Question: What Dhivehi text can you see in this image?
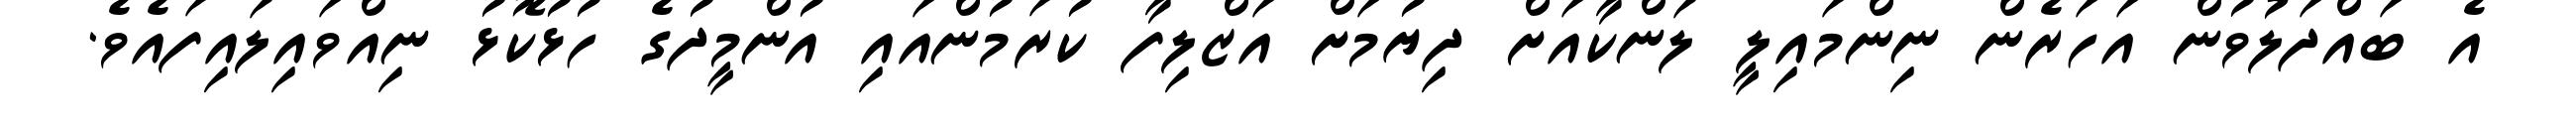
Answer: އެ ބައްދަލުވުން އަހަރެން ނިންމައިލީ ލަންކާއަށް ދިޔުމަށް އަޒްލިފާ ކުރަމުންއައި އުންމީދުގެ ހުޅުކޮޅު ނިއްވައިލައިފައެވެ.